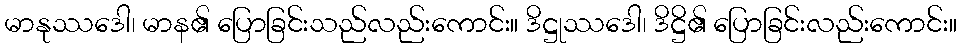
မာနုဿဒေါ၊ မာန၏ ပြောခြင်းသည်လည်းကောင်း။ ဒိဋ္ဌုဿဒေါ၊ ဒိဋ္ဌိ၏ ပြောခြင်းလည်းကောင်း။